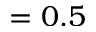
= 0 . 5